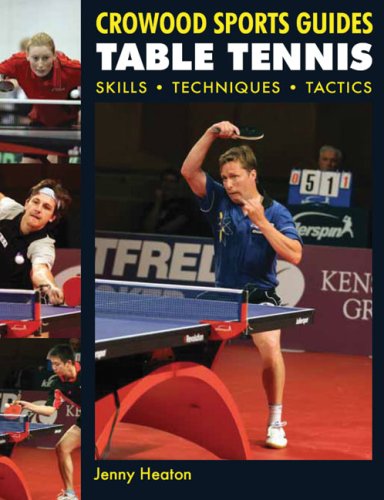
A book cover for Table Tennis: Skills, Techniques, Tactics (Crowood Sports Guides); Jenny Heaton; Sports & Outdoors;